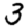
Digit: 3